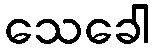
သေခေါ